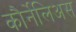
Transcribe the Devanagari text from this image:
कौर्नेलिअस